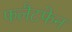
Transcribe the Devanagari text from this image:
फलैटफेन